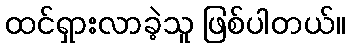
ထင်ရှားလာခဲ့သူ ဖြစ်ပါတယ်။